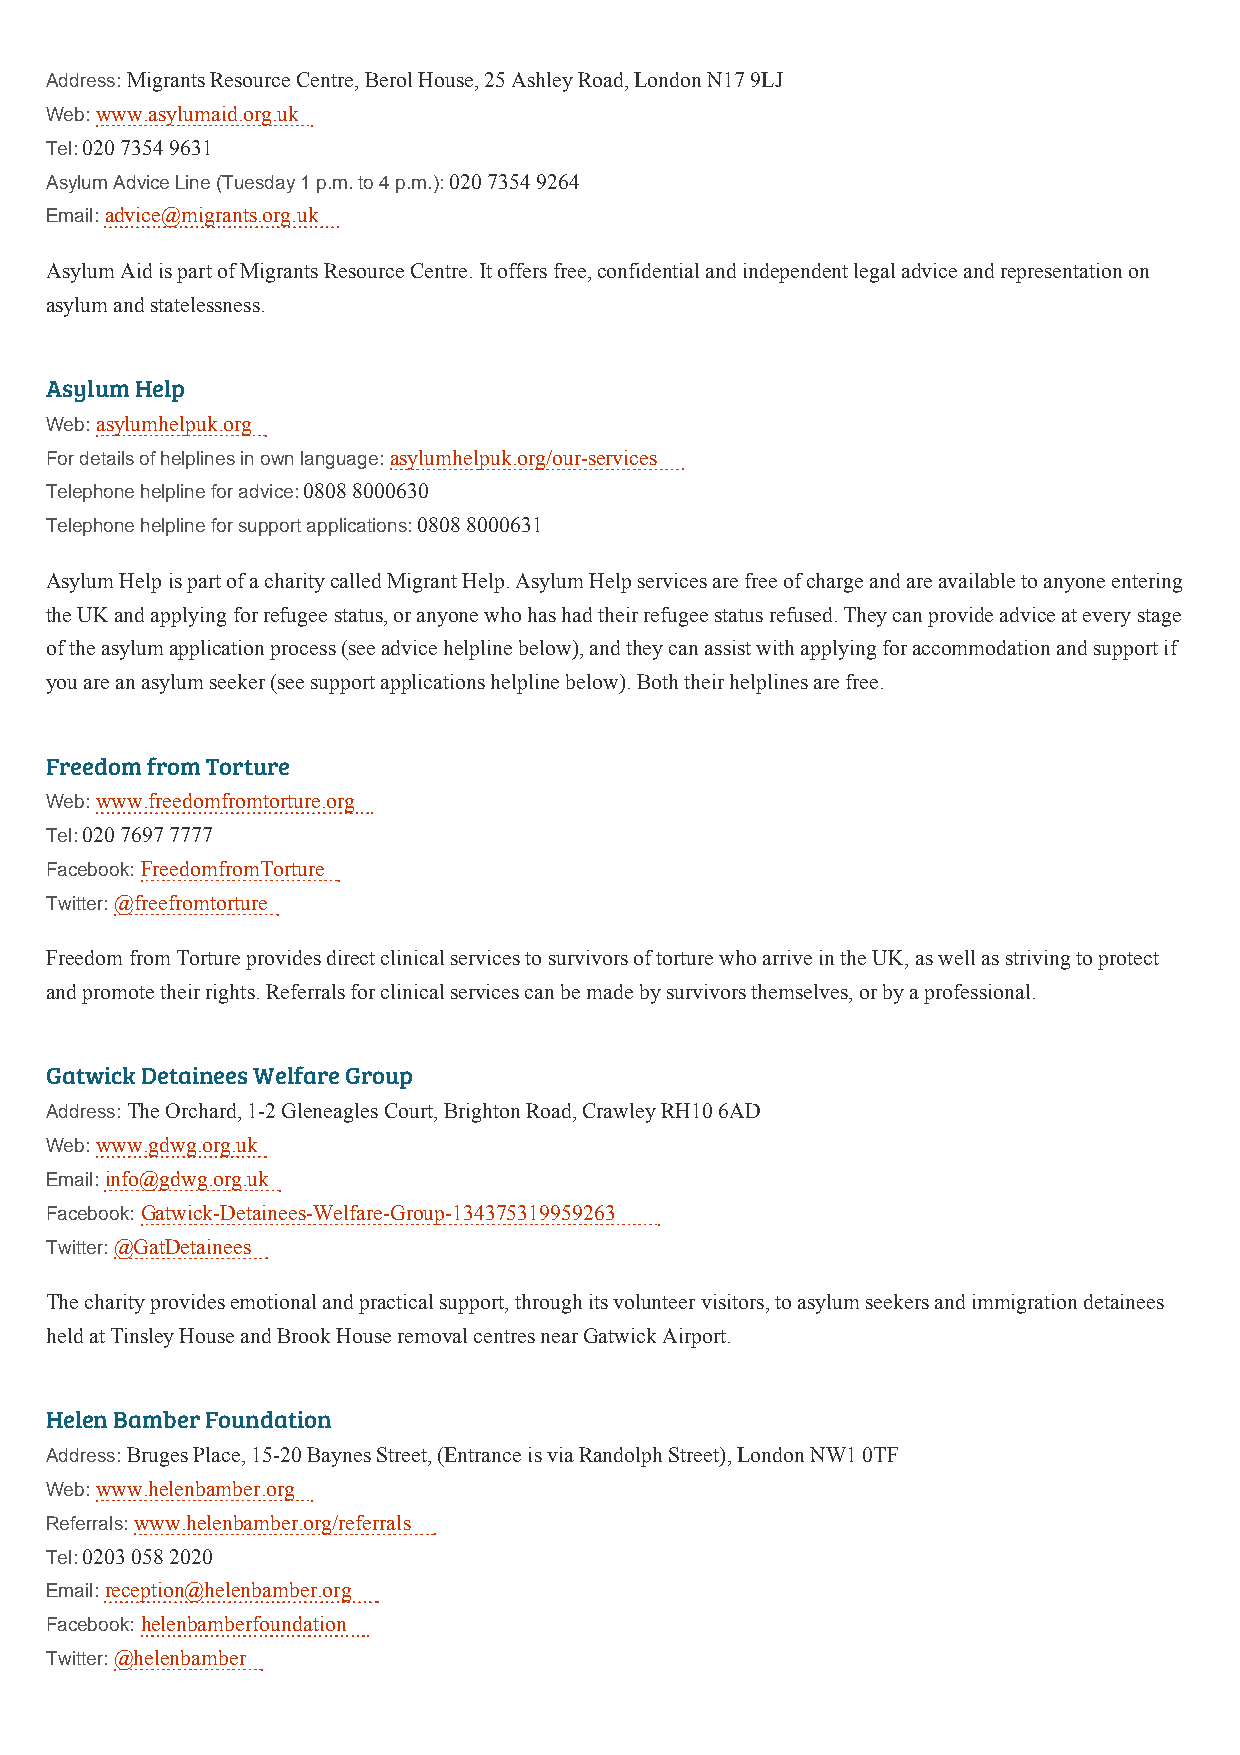
Address: Migrants Resource Centre, Berol House, 25 Ashley Road, London N17 9LJ
 Web: www.asylumaid.org.uk
 Tel: 020 7354 9631
 Asylum Advice Line (Tuesday 1 p.m. to 4 p.m.): 020 7354 9264
 Email: advice@migrants.org.uk
 Asylum Aid is part of Migrants Resource Centre. It offers free, confidential and independent legal advice and representation on
 asylum and statelessness.
 Asylum Help
 Web: asylumhelpuk.org
 For details of helplines in own language: asylumhelpuk.org/our-services
 Telephone helpline for advice: 0808 8000630
 Telephone helpline for support applications: 0808 8000631
 Asylum Help is part of a charity called Migrant Help. Asylum Help services are free of charge and are available to anyone entering
 the UK and applying for refugee status, or anyone who has had their refugee status refused. They can provide advice at every stage
 of the asylum application process (see advice helpline below), and they can assist with applying for accommodation and support if
 you are an asylum seeker (see support applications helpline below). Both their helplines are free.
 Freedom from Torture
 Web: www.freedomfromtorture.org
 Tel: 020 7697 7777
 Facebook: FreedomfromTorture
 Twitter: @freefromtorture
 Freedom from Torture provides direct clinical services to survivors of torture who arrive in the UK, as well as striving to protect
 and promote their rights. Referrals for clinical services can be made by survivors themselves, or by a professional.
 Gatwick Detainees Welfare Group
 Address: The Orchard, 1-2 Gleneagles Court, Brighton Road, Crawley RH10 6AD
 Web: www.gdwg.org.uk
 Email: info@gdwg.org.uk
 Facebook: Gatwick-Detainees-Welfare-Group-134375319959263
 Twitter: @GatDetainees
 The charity provides emotional and practical support, through its volunteer visitors, to asylum seekers and immigration detainees
 held at Tinsley House and Brook House removal centres near Gatwick Airport.
 Helen Bamber Foundation
 Address: Bruges Place, 15-20 Baynes Street, (Entrance is via Randolph Street), London NW1 0TF
 Web: www.helenbamber.org
 Referrals: www.helenbamber.org/referrals
 Tel: 0203 058 2020
 Email: reception@helenbamber.org
 Facebook: helenbamberfoundation
 Twitter: @helenbamber